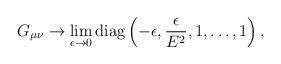
LaTeX: \begin{align*}G_{\mu \nu} \rightarrow \lim_{\epsilon\rightarrow 0} {\rm diag }\left(-\epsilon,\frac{\epsilon}{E^2},1, \dots, 1 \right),\end{align*}